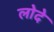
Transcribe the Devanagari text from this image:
लोदे